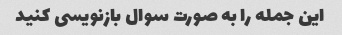
این جمله را به صورت سوال بازنویسی کنید